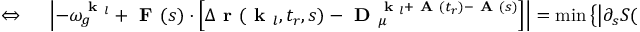
\begin{array} { r l } { \Leftrightarrow \ } & { { } \left| - \omega _ { g } ^ { \textbf { k } _ { l } } + \textbf { F } ( s ) \cdot \left[ \Delta \textbf { r } ( \textbf { k } _ { l } , t _ { r } , s ) - \textbf { D } _ { \mu } ^ { \textbf { k } _ { l } + \textbf { A } ( t _ { r } ) - \textbf { A } ( s ) } \right] \right| = \operatorname* { m i n } \left\{ \left| \partial _ { s } S ( \textbf { k } _ { l } , t _ { r } , s ) \right| \right\} . } \end{array}